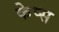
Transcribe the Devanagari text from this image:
केप्स